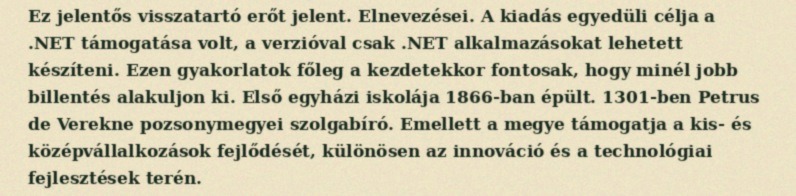
Ez jelentős visszatartó erőt jelent. Elnevezései. A kiadás egyedüli célja a .NET támogatása volt, a verzióval csak .NET alkalmazásokat lehetett készíteni. Ezen gyakorlatok főleg a kezdetekkor fontosak, hogy minél jobb billentés alakuljon ki. Első egyházi iskolája 1866-ban épült. 1301-ben Petrus de Verekne pozsonymegyei szolgabíró. Emellett a megye támogatja a kis- és középvállalkozások fejlődését, különösen az innováció és a technológiai fejlesztések terén.